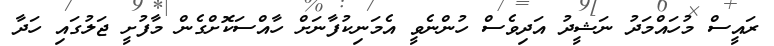
ރައީސް މުހައްމަދު ނަޝީދު އަދިވެސް ހުންނެވީ އެމަނިކުފާނަށް ހާއްސަކޮށްގެން މާފުށީ ޖަލުގައި ހަދާ